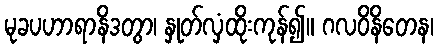
မုခပဟာရာနိဒတွာ၊ နှုတ်လှံထိုးကုန်၍။ ဂလဝိနိတေန၊